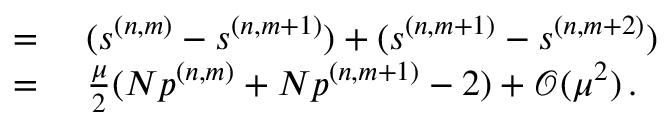
\begin{array} { r l } { = } & { { } ~ ( s ^ { ( n , m ) } - s ^ { ( n , m + 1 ) } ) + ( s ^ { ( n , m + 1 ) } - s ^ { ( n , m + 2 ) } ) } \\ { = } & { { } ~ \frac { \mu } { 2 } ( N p ^ { ( n , m ) } + N p ^ { ( n , m + 1 ) } - 2 ) + \mathcal { O } ( \mu ^ { 2 } ) \, . } \end{array}